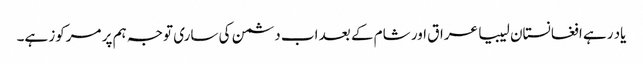
یاد رہے افغانستان لیبیا عراق اور شام کے بعد اب دشمن کی ساری توجہ ہم پر مرکوز ہے۔